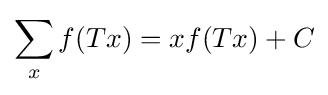
\sum _{x}f(Tx)=xf(Tx)+C